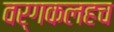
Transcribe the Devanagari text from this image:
वर्गकलहच